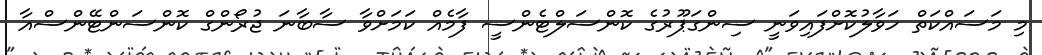
މި މަސައްކަތް ހަވާލުކޮށްފައިވަނީ ސިންގަޕޫރުގެ ކޮންސަލްޓެންސީ ފާމެއް ކަމަށްވާ ސާބާނަ ޖުރޯންގް ކޮންސަންޓޭންސްއާ